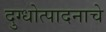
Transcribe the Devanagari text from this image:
दुग्धोत्पादनाचे